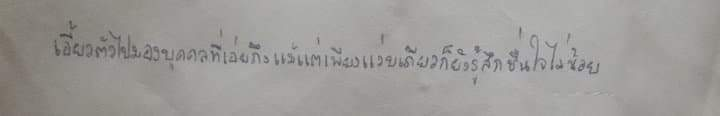
เอี้ยวตัวไปมองบุคคลที่เอ่ยถึงแม้แต่เพียงแว่บเดียวก็ยังรู้สึกชื่นใจไม่น้อย